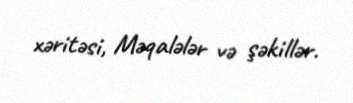
xəritəsi, Məqalələr və şəkillər.